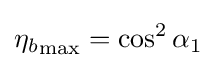
{\eta _{b}}_{\text{max}}=\cos ^{2}\alpha _{1}